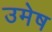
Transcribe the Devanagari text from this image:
उमेष